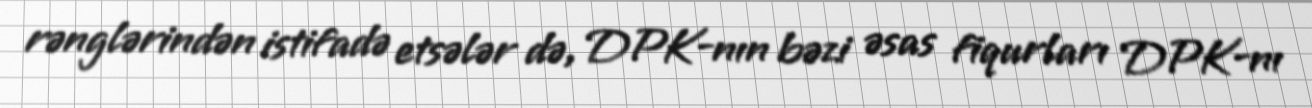
rənglərindən istifadə etsələr də, DPK-nın bəzi əsas fiqurları DPK-nı